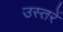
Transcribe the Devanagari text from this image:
उस्तरें